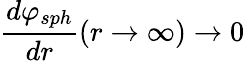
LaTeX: \frac{d\varphi_{sph}}{dr}(r\rightarrow\infty)\rightarrow 0